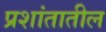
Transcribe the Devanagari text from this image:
प्रशांतातील